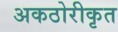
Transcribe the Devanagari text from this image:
अकठोरीकृत